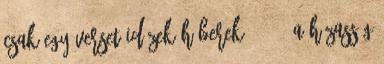
Csak egy verset idézek Héberek 13: 4 „A házasság